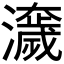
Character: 𤂾